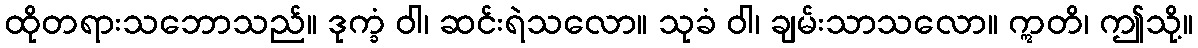
ထိုတရားသဘောသည်။ ဒုက္ခံ ဝါ၊ ဆင်းရဲသလော။ သုခံ ဝါ၊ ချမ်းသာသလော။ ဣတိ၊ ဤသို့။